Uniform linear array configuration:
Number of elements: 16
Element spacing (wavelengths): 1
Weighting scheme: exponential
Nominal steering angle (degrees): -45
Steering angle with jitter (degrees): -44.631
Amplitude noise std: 0.05
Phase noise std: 0.05

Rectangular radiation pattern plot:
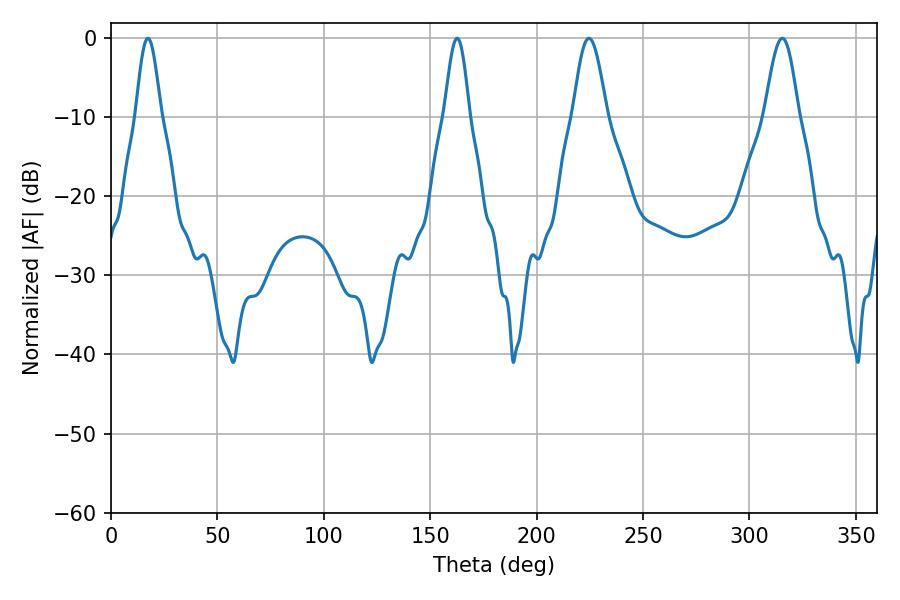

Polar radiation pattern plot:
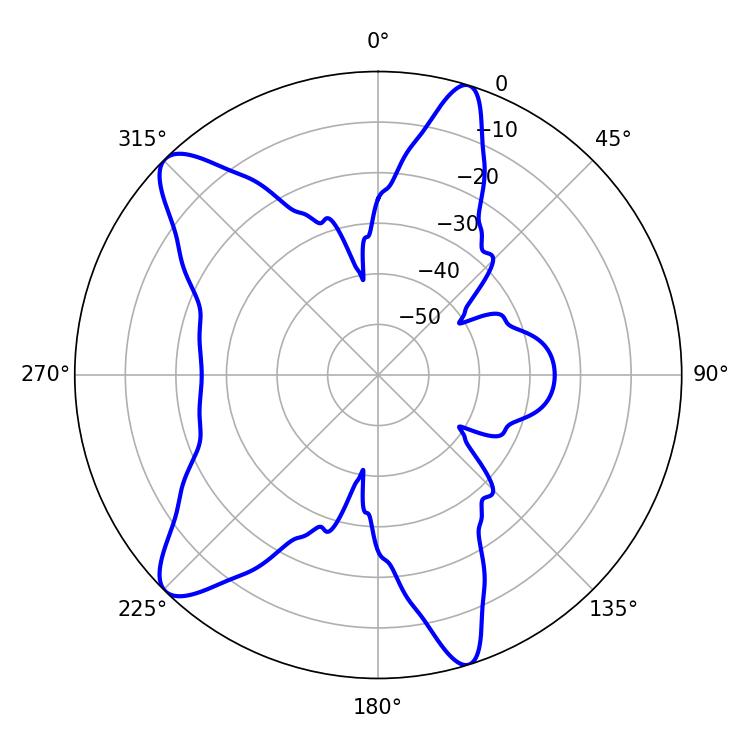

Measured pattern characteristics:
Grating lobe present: TRUE
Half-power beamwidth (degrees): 8.46
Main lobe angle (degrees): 315.36